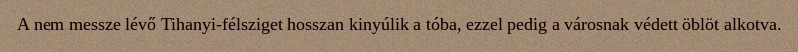
A nem messze lévő Tihanyi-félsziget hosszan kinyúlik a tóba, ezzel pedig a városnak védett öblöt alkotva.